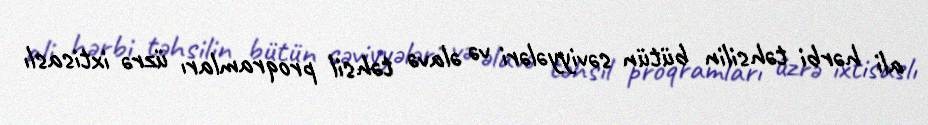
ali hərbi təhsilin bütün səviyyələri və əlavə təhsil proqramları üzrə ixtisaslı